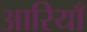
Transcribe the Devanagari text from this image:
आरियाँ